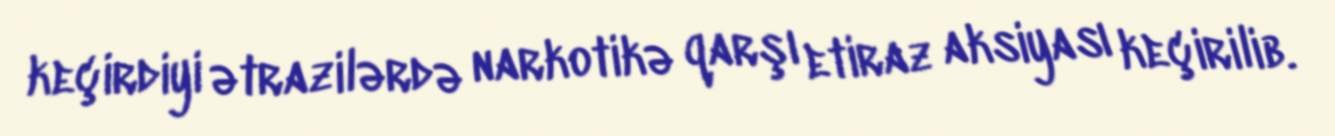
keçirdiyi ətrazilərdə narkotikə qarşı etiraz aksiyası keçirilib.